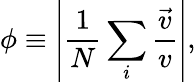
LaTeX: \phi\equiv\left|\frac{1}{N}\sum_{i}\frac{\vec{v}}{v}\right|,